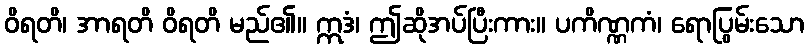
ဝိရတိ၊ အာရတိ ဝိရတိ မည်၏။ ဣဒံ၊ ဤဆိုအပ်ပြီးကား။ ပကိဏ္ဏကံ၊ ရောပြွမ်းသော